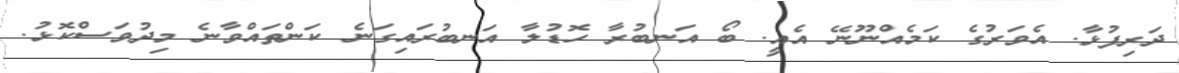
ދަރިފުޅާ. އެވަރުގެ ކަމެއްނޫނޭ އެއީ. ބޯ އަނބުރާ ހޮޑުލާ އަނބުރައިގަނެ ކަންތައްވާނެ މިދުވަސްކޮޅު.